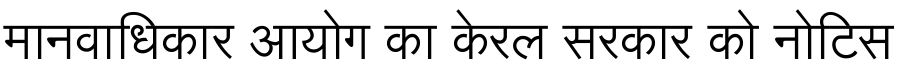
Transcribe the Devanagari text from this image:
मानवाधिकार आयोग का केरल सरकार को नोटिस